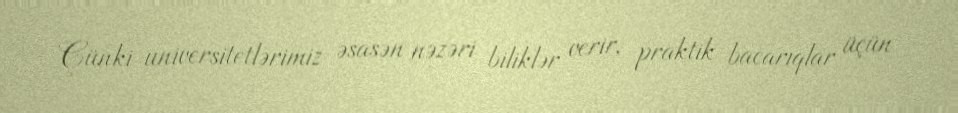
Çünki universitetlərimiz əsasən nəzəri biliklər verir, praktik bacarıqlar üçün